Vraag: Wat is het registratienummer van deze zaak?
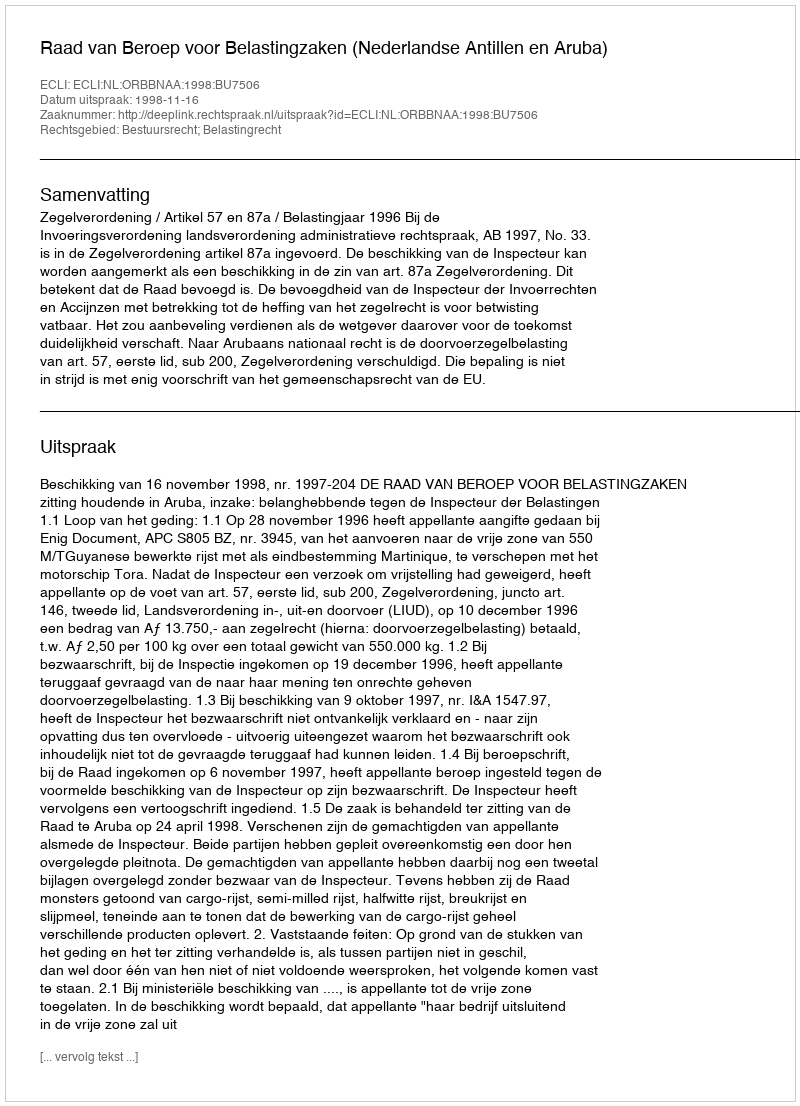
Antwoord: http://deeplink.rechtspraak.nl/uitspraak?id=ECLI:NL:ORBBNAA:1998:BU7506